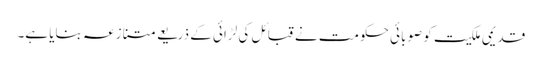
قدیمی ملکیت کو صوبائی حکومت نے قبائل کی لڑائی کے ذریعے متنازعہ بنایا ہے۔